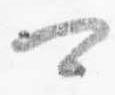
可